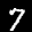
Label: 7